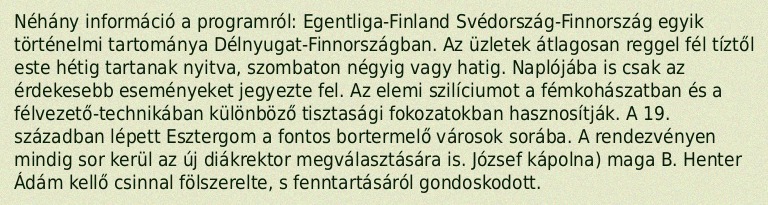
Néhány információ a programról: Egentliga-Finland Svédország-Finnország egyik történelmi tartománya Délnyugat-Finnországban. Az üzletek átlagosan reggel fél tíztől este hétig tartanak nyitva, szombaton négyig vagy hatig. Naplójába is csak az érdekesebb eseményeket jegyezte fel. Az elemi szilíciumot a fémkohászatban és a félvezető-technikában különböző tisztasági fokozatokban hasznosítják. A 19. században lépett Esztergom a fontos bortermelő városok sorába. A rendezvényen mindig sor kerül az új diákrektor megválasztására is. József kápolna) maga B. Henter Ádám kellő csinnal fölszerelte, s fenntartásáról gondoskodott.